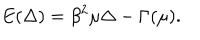
LaTeX: E ( \Delta ) = \beta ^ { 2 } \mu \Delta - \Gamma ( \mu ) .